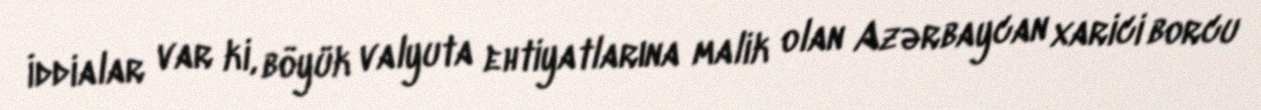
İddialar var ki, böyük valyuta ehtiyatlarına malik olan Azərbaycan xarici borcu